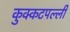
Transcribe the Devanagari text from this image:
कुक्कटपल्ली